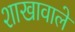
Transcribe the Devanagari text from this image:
शाखावाले